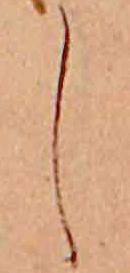
し